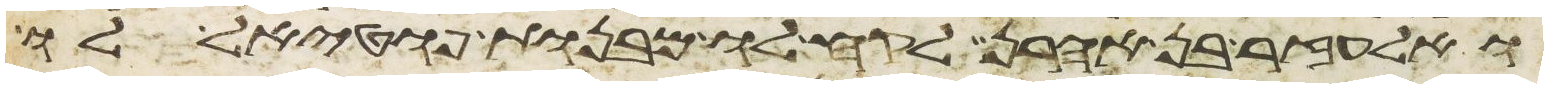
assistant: ואלעזר בן אהרן לקח לו מבנות פוטאל לו